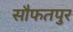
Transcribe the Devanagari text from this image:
सौफतपुर